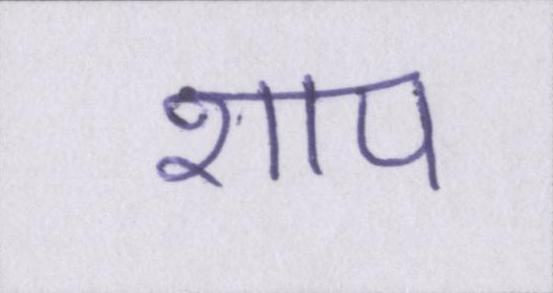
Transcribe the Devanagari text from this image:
शाप